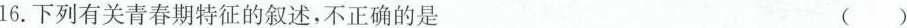
16.下列有关青春期特征的叙述，不正确的是 ()